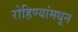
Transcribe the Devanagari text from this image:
रोहिण्यांमधून